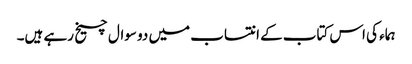
ہماء کی اس کتاب کے انتساب میں دو سوال چیخ رہے ہیں۔